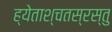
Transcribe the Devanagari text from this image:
ह्येताश्चतस्रस्तु